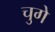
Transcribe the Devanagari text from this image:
चुगे